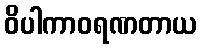
ဝိပါကာဝရဏတာယ